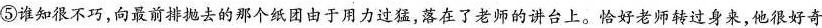
⑤谁知很不巧，向最前排抛去的那个纸团由于用力过猛，落在了老师的讲台上。恰好老师转过身来，他很好奇